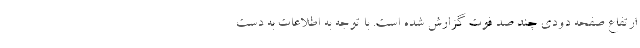
ارتفاع صفحه دودی چند صد فوت گزارش شده است. با توجه به اطلاعات به دست